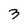
Character: 3